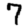
Digit: 7